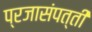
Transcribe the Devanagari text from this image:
प्रजासंपत्ती